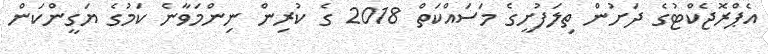
އެޕްރޮޖެކްޓުގެ ދަށުން ތިލަފުށީގެ މަސައްކަތް 2018 ގެ ކުރިން ނިންމަވާނެ ކަމުގެ ޔަގީންކަން